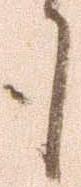
も